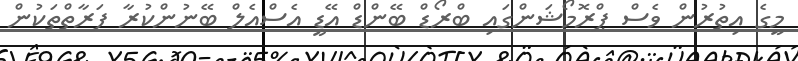
މީގެ އިތުރުން ވެސް ޕްރޮމޯޝަންގައި ބްރޯޑް ބޭންޑް އޭޑީ އެސްއެލް ބޭނުންކުރާ ފަރާތްތަކުން